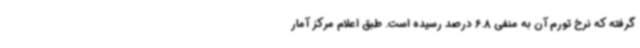
گرفته که نرخ تورم آن به منفی 6.8 درصد رسیده است. طبق اعلام مرکز آمار